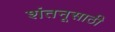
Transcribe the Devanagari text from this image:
शंतनूसाठी